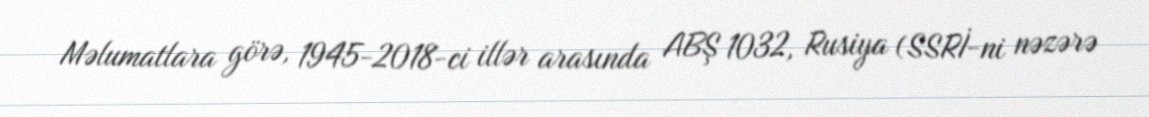
Məlumatlara görə, 1945-2018-ci illər arasında ABŞ 1032, Rusiya (SSRİ-ni nəzərə